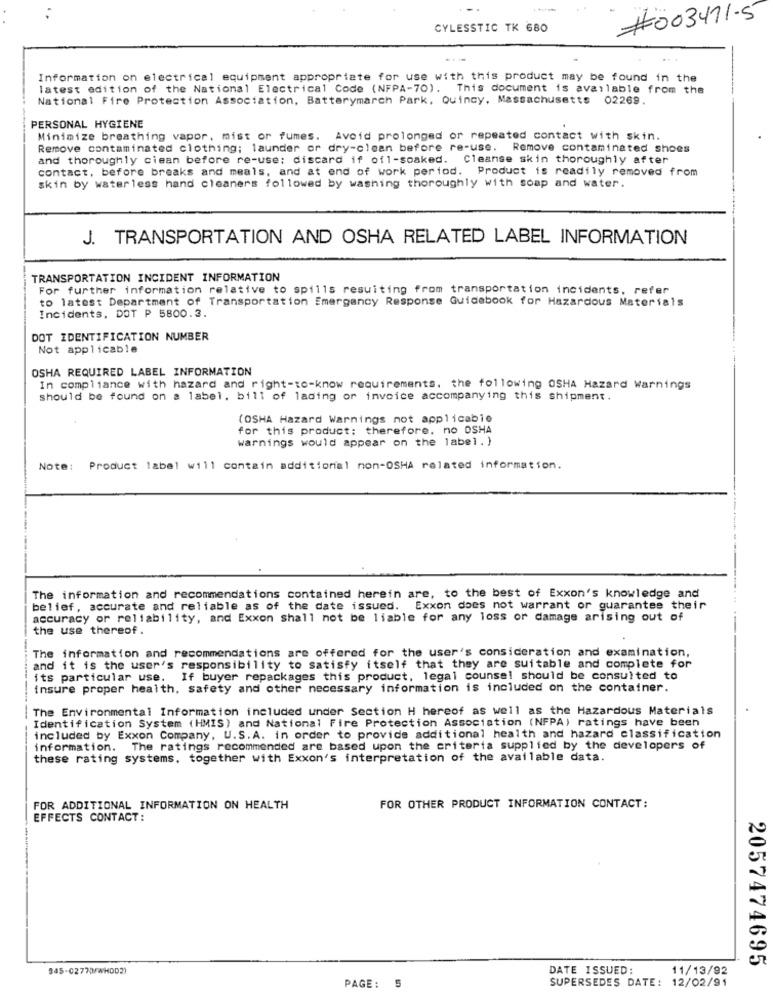
#003471-5
CYLESSTIC TK 680
Information on electrical equipment appropriate for use with this product may be found in the
latest edition of the National Electrical Code (NFPA-70). This document is available from the
National Fire Protection Association, Batterymarch Park, Quincy, Massachusetts 02269.
PERSONAL HYGIENE
Minimize breathing vapor, mist or fumes. Avoid prolonged or repeated contact with skin.
Remove contaminated clothing; launder or dry-clean before re-use. Remove contaminated shoes
and thoroughly ciean before re-use: discard if ofl-soaked. Cleanse skin thoroughly after
contact, before breaks and meals, and at end of work period. Product is readily removed from
skin by waterless hand cleaners followed by washing thoroughly with soap and water.
J. TRANSPORTATION AND OSHA RELATED LABEL INFORMATION
TRANSPORTATION INCIDENT INFORMATION
For further information relative to spills resulting from transportation incidents, refer
to latest Department of Transportation Emergency Response Guidabook for Hazardous Materials
Incidents, DOT P 5800.3.
DOT IDENTIFICATION NUMBER
Not applicable
OSHA REQUIRED LABEL INFORMATION
In compliance with hazard and right-to-know requirements. the following OSHA Hazard Warnings
should be found on a label, bill of lading or invoice accompanying this shipment.
(OSHA Hazard Warnings not applicable
for this product; therefore, no DSHA
warnings would appear on the label. )
Note: Product label will contain additional non-OSHA related information.
The information and recommendations contained herein are, to the best of Exxon's knowledge and
belief, accurate and reliable as of the date issued. Exxon does not warrant or guarantee their
accuracy or reliability, and Exxon shall not be liable for any loss or damage arising out of
the use thereof.
The information and recommendations are offered for the user's consideration and examination,
and it is the user's responsibility to satisfy itself that they are suitable and complete for
its particular use. If buyer repackages this product, legal counsel should be consulted to
insure proper health, safety and other necessary information is included on the container.
The Environmental Information included under Section H hereof as well as the Hazardous Materials
Identification System (HMIS) and National Fire Protection Association (NFPA) ratings have been
included by Exxon Company, U.S.A. in order to provide additional health and hazard classification
information. The ratings recommended are based upon the criteria supplied by the developers of
these rating systems, together with Exxon's interpretation of the available data.
FOR ADDITIONAL INFORMATION ON HEALTH
FOR OTHER PRODUCT INFORMATION CONTACT:
EFFECTS CONTACT:
2057474695
345-02770FWHDD2)
DATE ISSUED:
11/13/92
PAGE:
5
SUPERSEDES DATE: 12/02/91